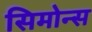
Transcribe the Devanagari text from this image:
सिमोन्स